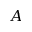
A